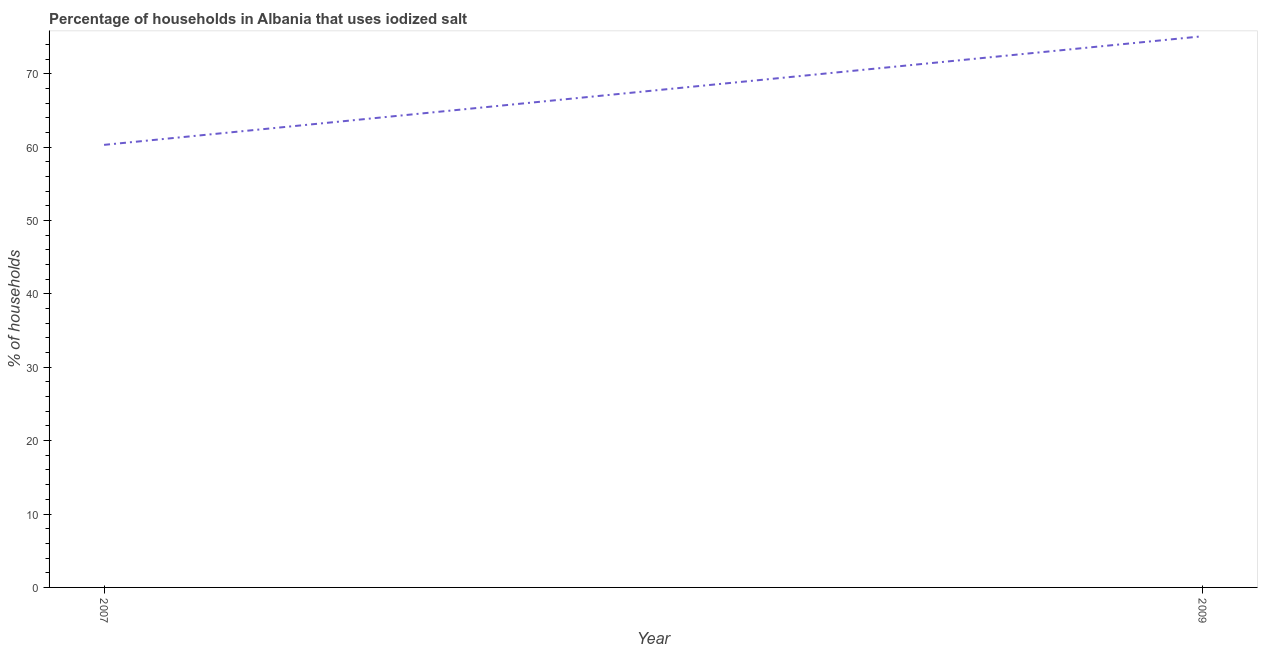
| Year | Consumption of iodized salt |
 | --- | --- |
 | 2007 | 60.3 |
 | 2009 | 75.1 |